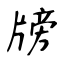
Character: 牓